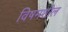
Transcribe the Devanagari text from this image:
विषमशील